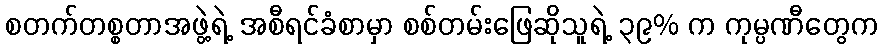
စတက်တစ္စတာအဖွဲ့ရဲ့ အစီရင်ခံစာမှာ စစ်တမ်းဖြေဆိုသူရဲ့ ၃၉% က ကုမ္ပဏီတွေက